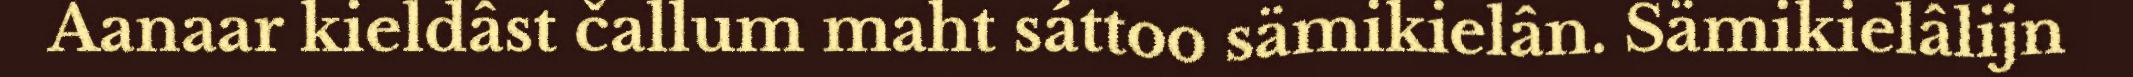
Aanaar kieldâst čallum maht sáttoo sämikielân. Sämikielâlijn